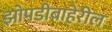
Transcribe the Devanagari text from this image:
झोपडीबाहेरील